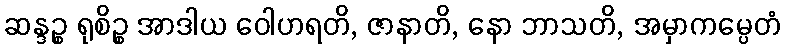
ဆန္ဒဉ္စ ရုစိဉ္စ အာဒါယ ဝေါဟရတိ, ဇာနာတိ, နော ဘာသတိ, အမှာကမ္ပေတံ